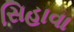
સિહાવા